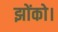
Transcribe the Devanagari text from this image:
झोंको।